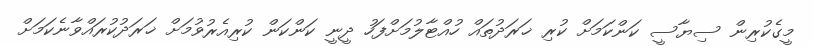
މީގެކުރިން ސިޔާސީ ކަންކަމަށް ކުރި ޚަރަދުތައް ހުއްޓާލުމަށްފަހު ދީނީ ކަންކަން ކުރިއެރުވުމަށް ޚަރަދުކުރައްވާނެކަމަށް